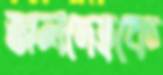
জলদেহকে